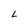
Character: L